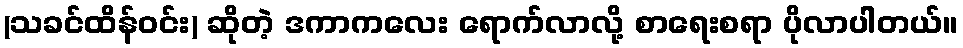
(သခင်ထိန်ဝင်း) ဆိုတဲ့ ဒကာကလေး ရောက်လာလို့ စာရေးစရာ ပိုလာပါတယ်။